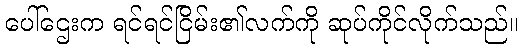
ပေါ်ဌေးက ရင်ရင်ငြိမ်း၏လက်ကို ဆုပ်ကိုင်လိုက်သည်။